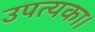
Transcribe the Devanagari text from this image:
उपत्यका।